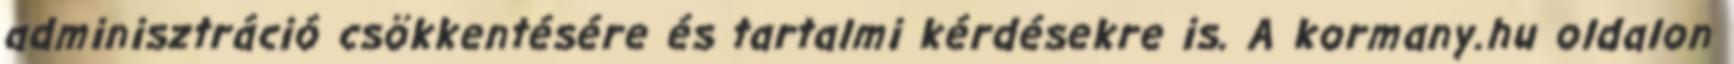
adminisztráció csökkentésére és tartalmi kérdésekre is. A kormany.hu oldalon